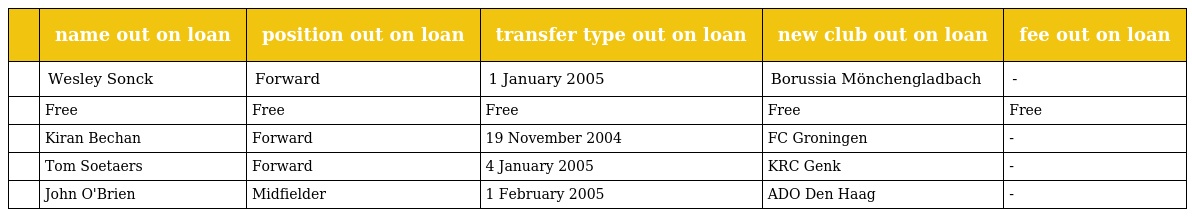
|  | name out on loan | position out on loan | transfer type out on loan | new club out on loan | fee out on loan |
 | --- | --- | --- | --- | --- | --- |
 |  | Wesley Sonck | Forward | 1 January 2005 | Borussia Mönchengladbach | - |
 |  | Free | Free | Free | Free | Free |
 |  | Kiran Bechan | Forward | 19 November 2004 | FC Groningen | - |
 |  | Tom Soetaers | Forward | 4 January 2005 | KRC Genk | - |
 |  | John O'Brien | Midfielder | 1 February 2005 | ADO Den Haag | - |